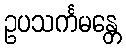
ဥပသင်္ကမန္တေ